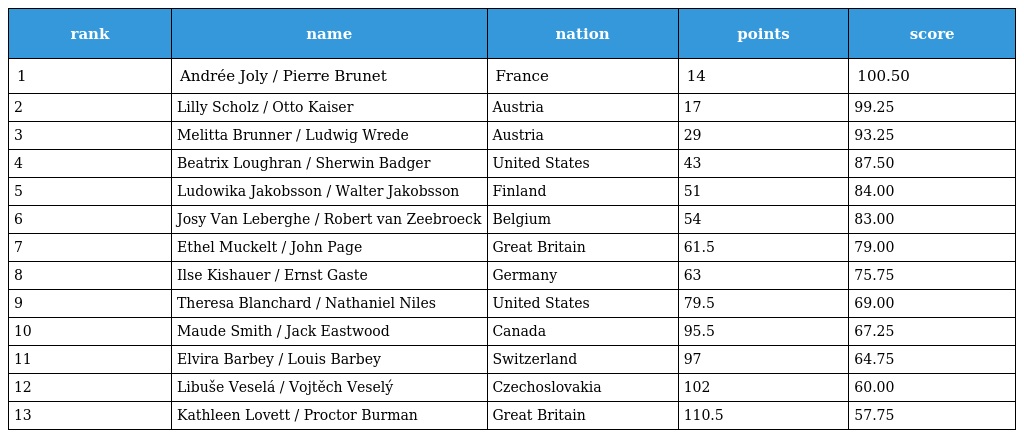
| rank | name | nation | points | score |
 | --- | --- | --- | --- | --- |
 | 1 | Andrée Joly / Pierre Brunet | France | 14 | 100.50 |
 | 2 | Lilly Scholz / Otto Kaiser | Austria | 17 | 99.25 |
 | 3 | Melitta Brunner / Ludwig Wrede | Austria | 29 | 93.25 |
 | 4 | Beatrix Loughran / Sherwin Badger | United States | 43 | 87.50 |
 | 5 | Ludowika Jakobsson / Walter Jakobsson | Finland | 51 | 84.00 |
 | 6 | Josy Van Leberghe / Robert van Zeebroeck | Belgium | 54 | 83.00 |
 | 7 | Ethel Muckelt / John Page | Great Britain | 61.5 | 79.00 |
 | 8 | Ilse Kishauer / Ernst Gaste | Germany | 63 | 75.75 |
 | 9 | Theresa Blanchard / Nathaniel Niles | United States | 79.5 | 69.00 |
 | 10 | Maude Smith / Jack Eastwood | Canada | 95.5 | 67.25 |
 | 11 | Elvira Barbey / Louis Barbey | Switzerland | 97 | 64.75 |
 | 12 | Libuše Veselá / Vojtěch Veselý | Czechoslovakia | 102 | 60.00 |
 | 13 | Kathleen Lovett / Proctor Burman | Great Britain | 110.5 | 57.75 |